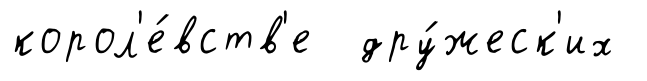
корол'е́вств'е дру́жеск'их